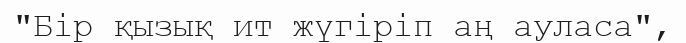
"Бір қызық ит жүгіріп аң ауласа",